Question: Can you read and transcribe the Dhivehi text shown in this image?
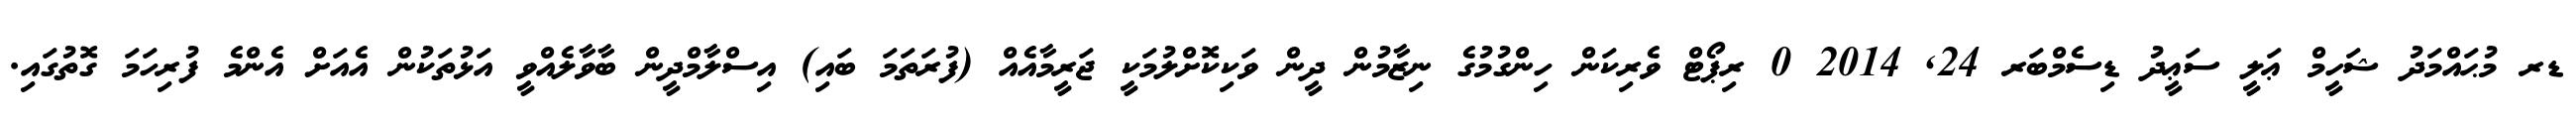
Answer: ޑރ މުޙައްމަދު ޝަހީމް ޢަލީ ސަޢީދު ޑިސެމްބަރ 24, 2014 0 ރިޕޯޓް ވެރިކަން ހިންގުމުގެ ނިޒާމުން ދީން ވަކިކޮށްލުމަކީ ޖަރީމާއެއް (ފުރަތަމަ ބައި) އިސްލާމްދީން ބާވާލެއްވީ އަޅުތަކުން އެއަށް އެންމެ ފުރިހަމަ ގޮތުގައި.